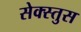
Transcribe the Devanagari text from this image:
सेक्स्तुस